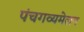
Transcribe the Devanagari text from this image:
पंचगव्यमेलन